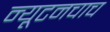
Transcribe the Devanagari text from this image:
न्यूटनचाच